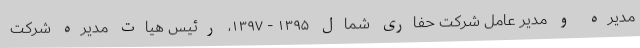
مدیره و مدیر عامل شرکت حفاری شمال ۱۳۹۵ - ۱۳۹۷، رئیس هیات مدیره شرکت